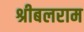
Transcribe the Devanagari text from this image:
श्रीबलराम